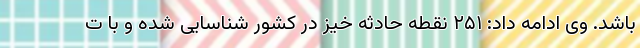
باشد. وی ادامه داد: ۲۵۱ نقطه حادثه خیز در کشور شناسایی شده و با ت